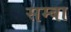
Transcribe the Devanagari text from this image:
सम्बा